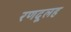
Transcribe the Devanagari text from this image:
रणदूलह